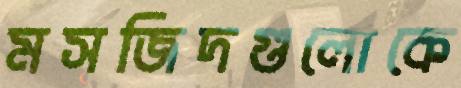
মসজিদগুলোকে